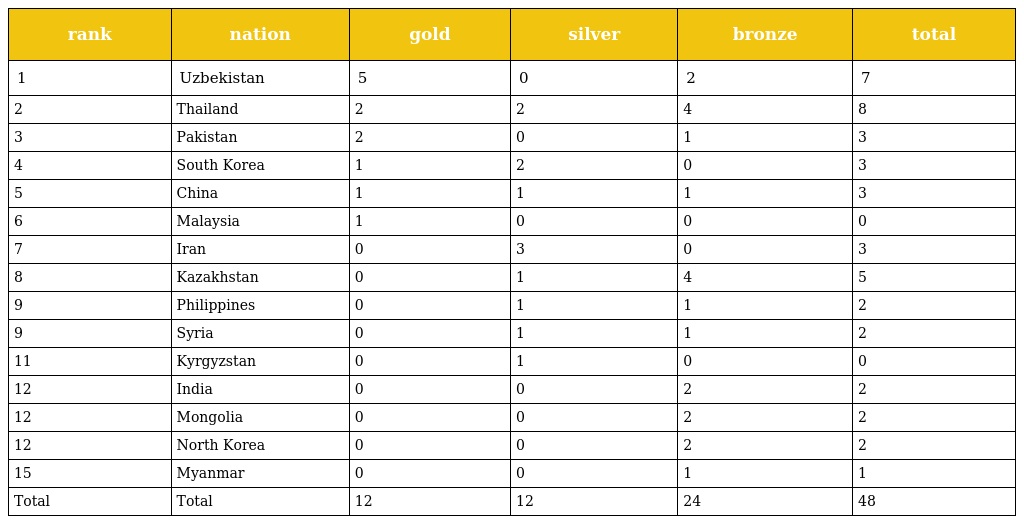
| rank | nation | gold | silver | bronze | total |
 | --- | --- | --- | --- | --- | --- |
 | 1 | Uzbekistan | 5 | 0 | 2 | 7 |
 | 2 | Thailand | 2 | 2 | 4 | 8 |
 | 3 | Pakistan | 2 | 0 | 1 | 3 |
 | 4 | South Korea | 1 | 2 | 0 | 3 |
 | 5 | China | 1 | 1 | 1 | 3 |
 | 6 | Malaysia | 1 | 0 | 0 | 0 |
 | 7 | Iran | 0 | 3 | 0 | 3 |
 | 8 | Kazakhstan | 0 | 1 | 4 | 5 |
 | 9 | Philippines | 0 | 1 | 1 | 2 |
 | 9 | Syria | 0 | 1 | 1 | 2 |
 | 11 | Kyrgyzstan | 0 | 1 | 0 | 0 |
 | 12 | India | 0 | 0 | 2 | 2 |
 | 12 | Mongolia | 0 | 0 | 2 | 2 |
 | 12 | North Korea | 0 | 0 | 2 | 2 |
 | 15 | Myanmar | 0 | 0 | 1 | 1 |
 | Total | Total | 12 | 12 | 24 | 48 |